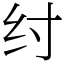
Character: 纣